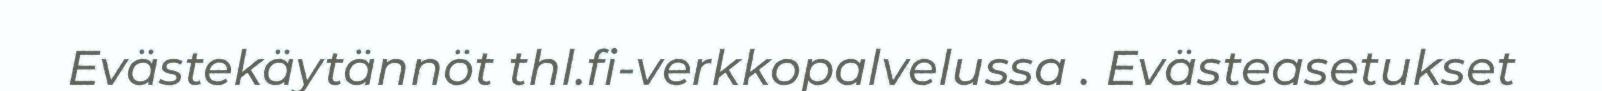
Evästekäytännöt thl.fi-verkkopalvelussa . Evästeasetukset